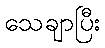
သေချာပြီး